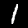
Digit: 1